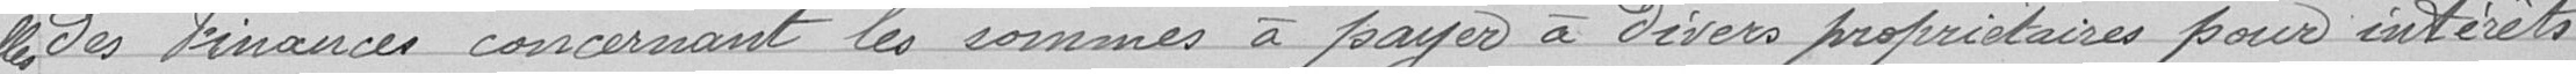
des Finances concernant les sommes à payer à divers propriétaires pour intérets